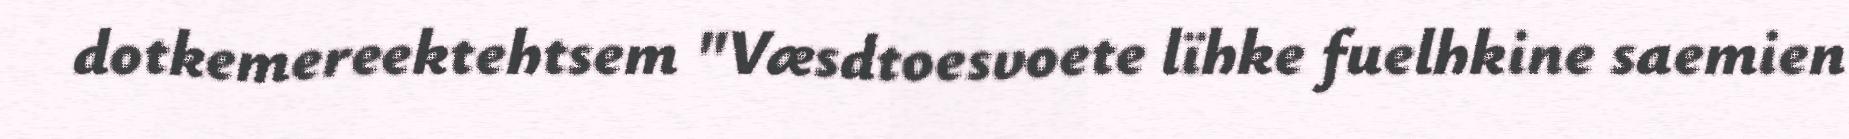
dotkemereektehtsem "Væsdtoesvoete lïhke fuelhkine saemien